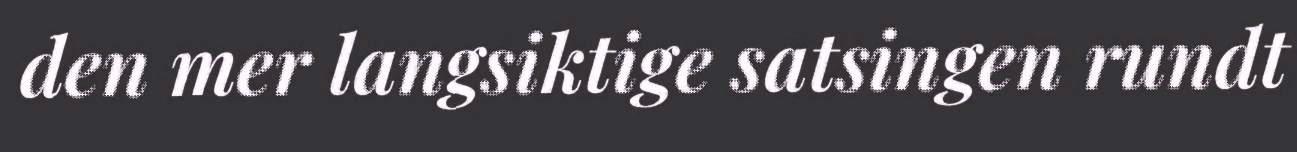
den mer langsiktige satsingen rundt